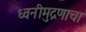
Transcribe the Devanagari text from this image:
ध्वनीमुद्रणाचा